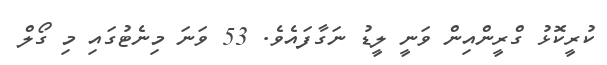
ކުރީކޮޅު ގްރީންއިން ވަނީ ލީޑު ނަގާފައެވެ. 53 ވަނަ މިނެޓުގައި މި ގޯލް